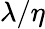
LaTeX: \lambda/\eta